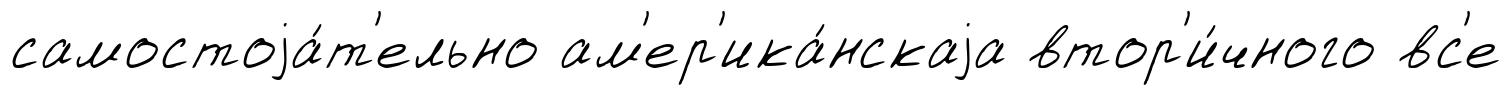
самостоjа́т'ельно ам'ер'ика́нскаjа втор'и́чного вс'е